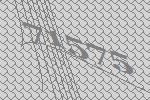
71575